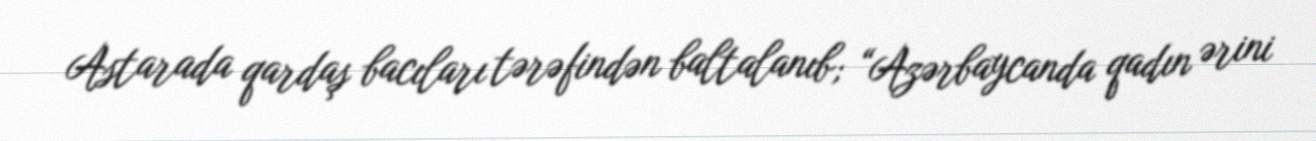
Astarada qardaş bacıları tərəfindən baltalanıb; “Azərbaycanda qadın ərini